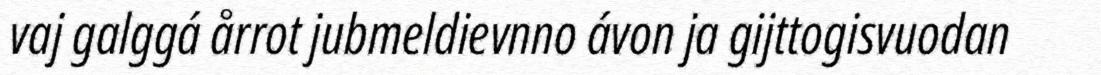
vaj galggá årrot jubmeldievnno ávon ja gijttogisvuodan